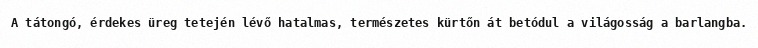
A tátongó, érdekes üreg tetején lévő hatalmas, természetes kürtőn át betódul a világosság a barlangba.